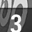
Digit: 3